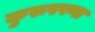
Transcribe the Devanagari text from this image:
कुरूपपणा